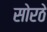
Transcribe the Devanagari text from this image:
सोरठे